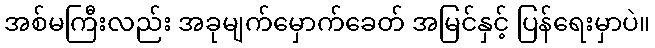
အစ်မကြီးလည်း အခုမျက်မှောက်ခေတ် အမြင်နှင့် ပြန်ရေးမှာပဲ။